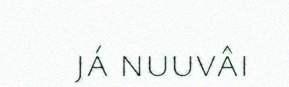
já nuuvâi